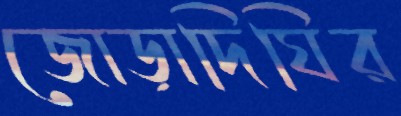
জোড়াদিঘির